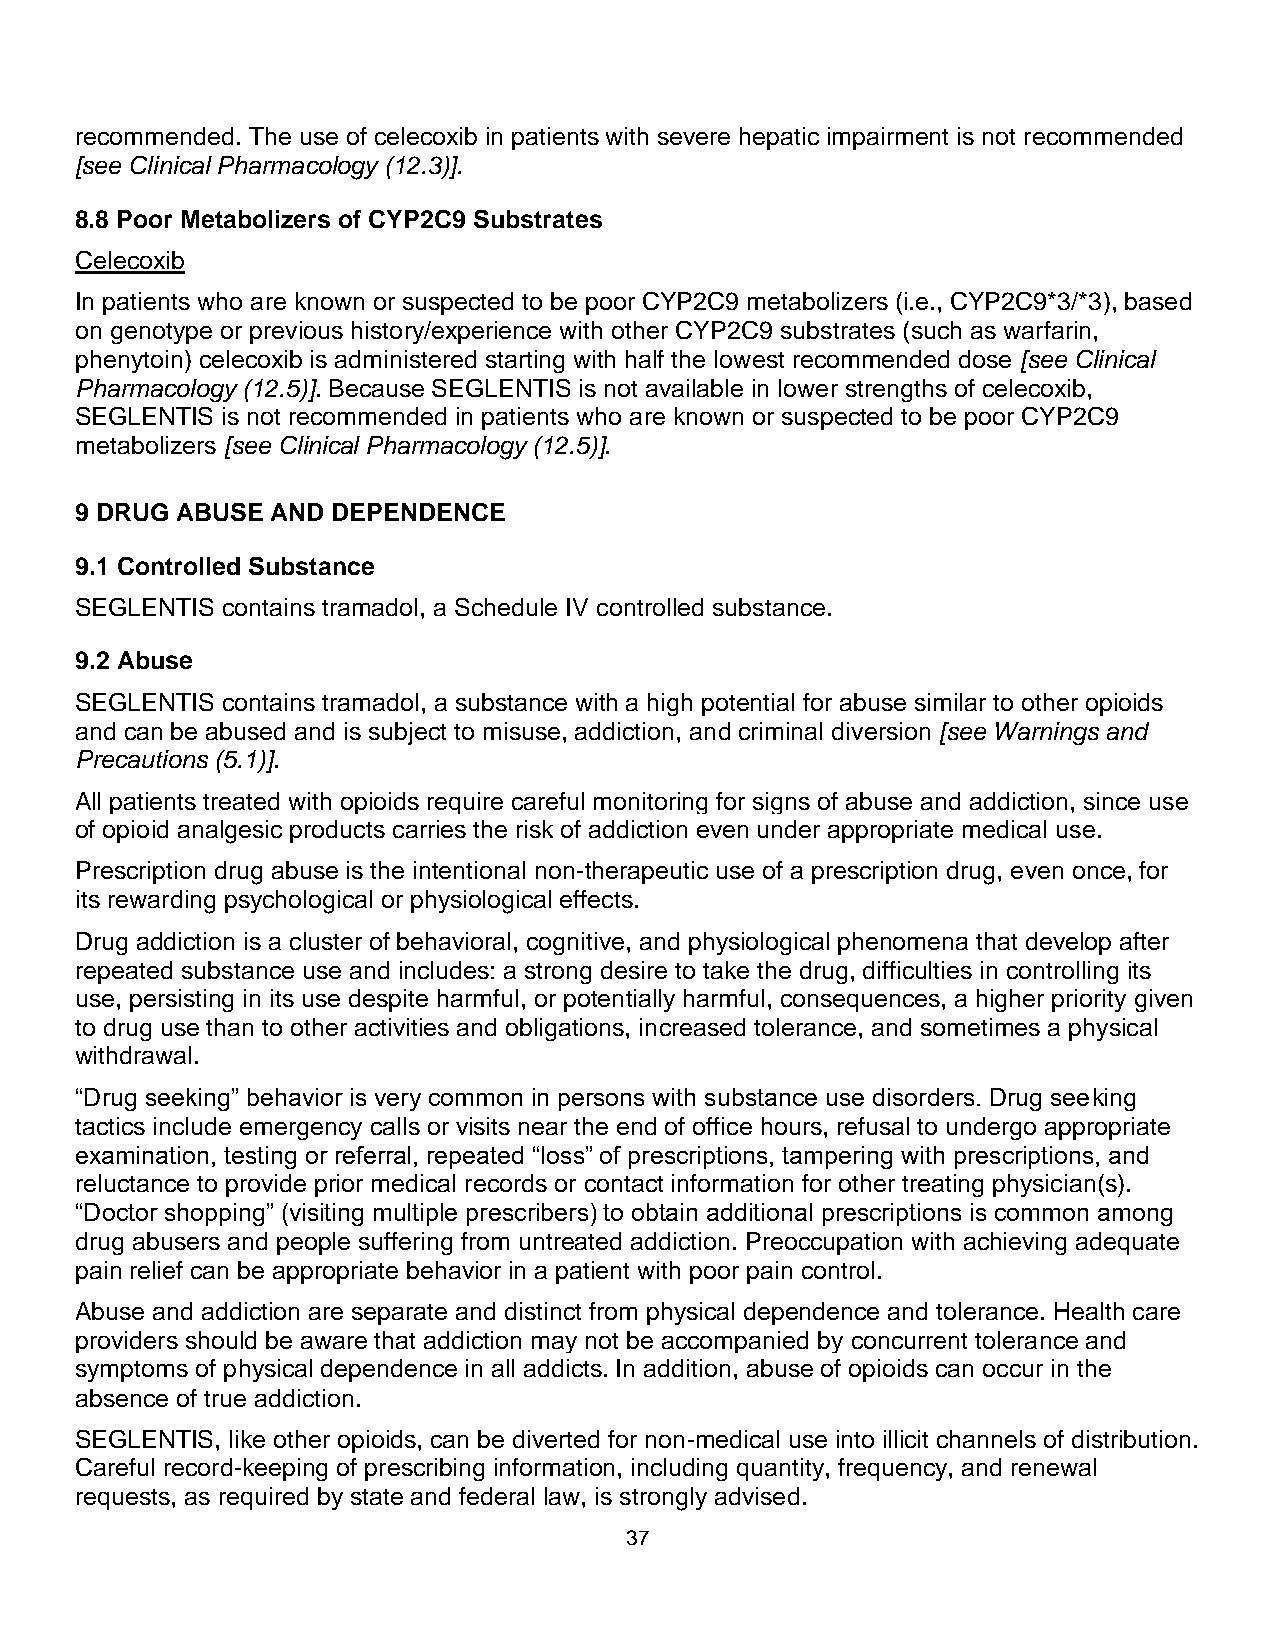
recommended. The use of celecoxib in patients with severe hepatic impairment is not recommended
 [see Clinical Pharmacology (12.3)].
 8.8 Poor Metabolizers of CYP2C9 Substrates
 Celecoxib
 In patients who are known or suspected to be poor CYP2C9 metabolizers (i.e., CYP2C9*3/*3), based
 on genotype or previous history/experience with other CYP2C9 substrates (such as warfarin,
 phenytoin) celecoxib is administered starting with half the lowest recommended dose [see Clinical
 Pharmacology (12.5)]. Because SEGLENTIS is not available in lower strengths of celecoxib,
 SEGLENTIS is not recommended in patients who are known or suspected to be poor CYP2C9
 metabolizers [see Clinical Pharmacology (12.5)].
 9 DRUG ABUSE AND DEPENDENCE
 9.1 Controlled Substance
 SEGLENTIS contains tramadol, a Schedule IV controlled substance.
 9.2 Abuse
 SEGLENTIS contains tramadol, a substance with a high potential for abuse similar to other opioids
 and can be abused and is subject to misuse, addiction, and criminal diversion [see Warnings and
 Precautions (5.1)].
 All patients treated with opioids require careful monitoring for signs of abuse and addiction, since use
 of opioid analgesic products carries the risk of addiction even under appropriate medical use.
 Prescription drug abuse is the intentional non-therapeutic use of a prescription drug, even once, for
 its rewarding psychological or physiological effects.
 Drug addiction is a cluster of behavioral, cognitive, and physiological phenomena that develop after
 repeated substance use and includes: a strong desire to take the drug, difficulties in controlling its
 use, persisting in its use despite harmful, or potentially harmful, consequences, a higher priority given
 to drug use than to other activities and obligations, increased tolerance, and sometimes a physical
 withdrawal.
 “Drug seeking” behavior is very common in persons with substance use disorders. Drug seeking
 tactics include emergency calls or visits near the end of office hours, refusal to undergo appropriate
 examination, testing or referral, repeated “loss” of prescriptions, tampering with prescriptions, and
 reluctance to provide prior medical records or contact information for other treating physician(s).
 “Doctor shopping” (visiting multiple prescribers) to obtain additional prescriptions is common among
 drug abusers and people suffering from untreated addiction. Preoccupation with achieving adequate
 pain relief can be appropriate behavior in a patient with poor pain control.
 Abuse and addiction are separate and distinct from physical dependence and tolerance. Health care
 providers should be aware that addiction may not be accompanied by concurrent tolerance and
 symptoms of physical dependence in all addicts. In addition, abuse of opioids can occur in the
 absence of true addiction.
 SEGLENTIS, like other opioids, can be diverted for non-medical use into illicit channels of distribution.
 Careful record-keeping of prescribing information, including quantity, frequency, and renewal
 requests, as required by state and federal law, is strongly advised.
 37